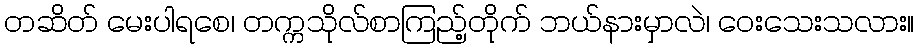
တဆိတ် မေးပါရစေ၊ တက္ကသိုလ်စာကြည့်တိုက် ဘယ်နားမှာလဲ၊ ဝေးသေးသလား။